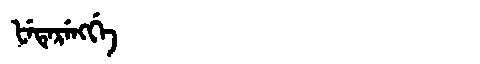
Manchu: ᡶᡝᡨᡝᡵᡝᠩᡤᡝ
Romanization: FETERENGGE